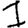
Digit: 1